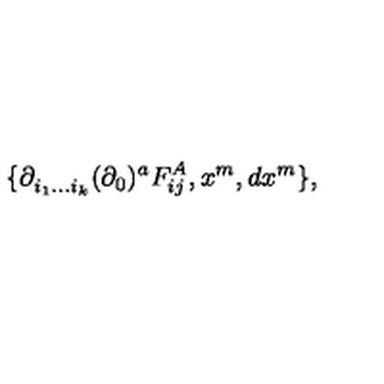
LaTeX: \{ \partial _ { i _ { 1 } \ldots i _ { k } } ^ { } ( \partial _ { 0 } ) ^ { a } F _ { i j } ^ { A } , x ^ { m } , d x ^ { m } \} ,